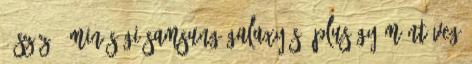
, szűz 2 Minőségi Samsung Galaxy S8 Plus gyémántüveg